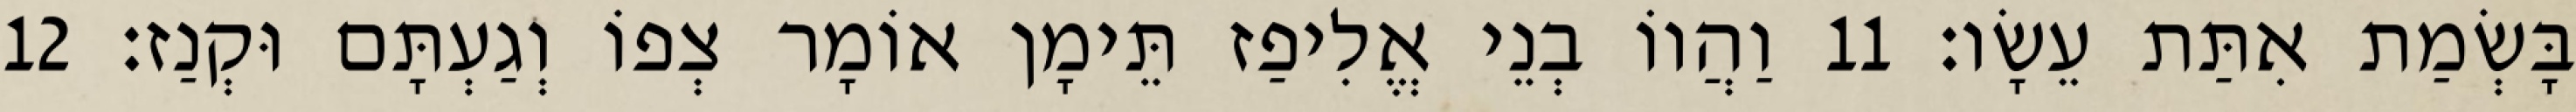
בָּשְׂמַת אִתַּת עֵשָׂו׃ 11 וַהֲווֹ בְנֵי אֱלִיפַז תֵּימָן אוֹמָר צְפוֹ וְגַעְתָּם וּקְנַז׃ 12